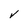
Character: v